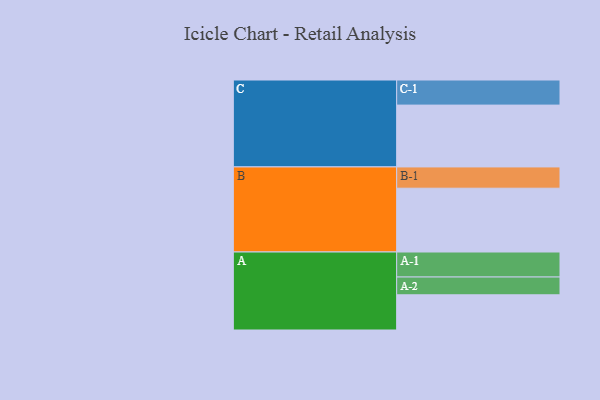
{"axis": {"x": "Segment", "y": "Value"}, "legend": ["", "A", "B", "C"], "data": [{"x": "A", "y": 303, "type": ""}, {"x": "B", "y": 549, "type": ""}, {"x": "C", "y": 532, "type": ""}, {"x": "A-1", "y": 215, "type": "A"}, {"x": "A-2", "y": 153, "type": "A"}, {"x": "B-1", "y": 183, "type": "B"}, {"x": "C-1", "y": 216, "type": "C"}]}